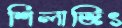
শিলাজিৎ